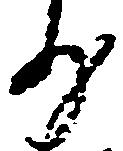
少